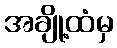
အချို့ထံမှ